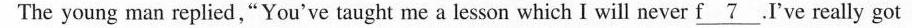
The young man replied ,“You've taught me a leson which I will never \underline{f7}.I've really got